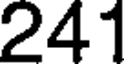
241